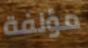
مؤلفة